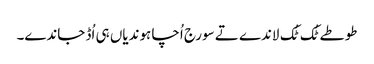
طوطے ٹُک ٹُک لاندے تے سورج اُچا ہوندیاں ہی اُڈ جاندے۔